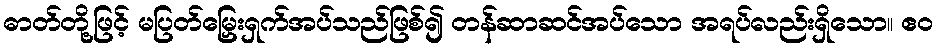
ဓာတ်တို့ဖြင့် မပြတ်မြှေးရှက်အပ်သည်ဖြစ်၍ တန်ဆာဆင်အပ်သော အရပ်လည်းရှိသော။ ဧဝ